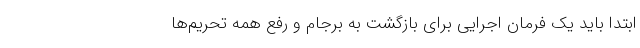
ابتدا باید یک فرمان اجرایی برای بازگشت به برجام و رفع همه تحریم‌ها